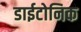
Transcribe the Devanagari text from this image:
डाईटोनिक